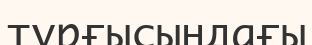
тұрғысыңдағы